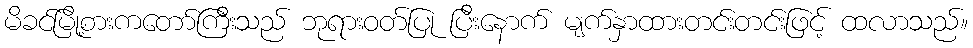
မိခင်မြို့စားကတော်ကြီးသည် ဘုရားဝတ်ပြု ပြီးနောက် မျက်နှာထားတင်းတင်းဖြင့် ထလာသည်။